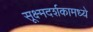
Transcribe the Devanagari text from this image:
सूक्ष्मदर्शकामध्ये